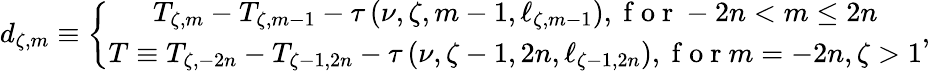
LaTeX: d_{\zeta,m}\equiv\left\{ \begin{array}{c}{T_{\zeta,m}-T_{\zeta,m-1}-\tau\left(\nu,\zeta,m-1,\ell_{\zeta,m-1}\right),\mathrm{~f~o~r~}-2n<m\leq 2n}\\ {T\equiv T_{\zeta,-2n}-T_{\zeta-1,2n}-\tau\left(\nu,\zeta-1,2n,\ell_{\zeta-1,2n}\right),\mathrm{~f~o~r~}m=-2n,\zeta>1}\end{array}\right.,